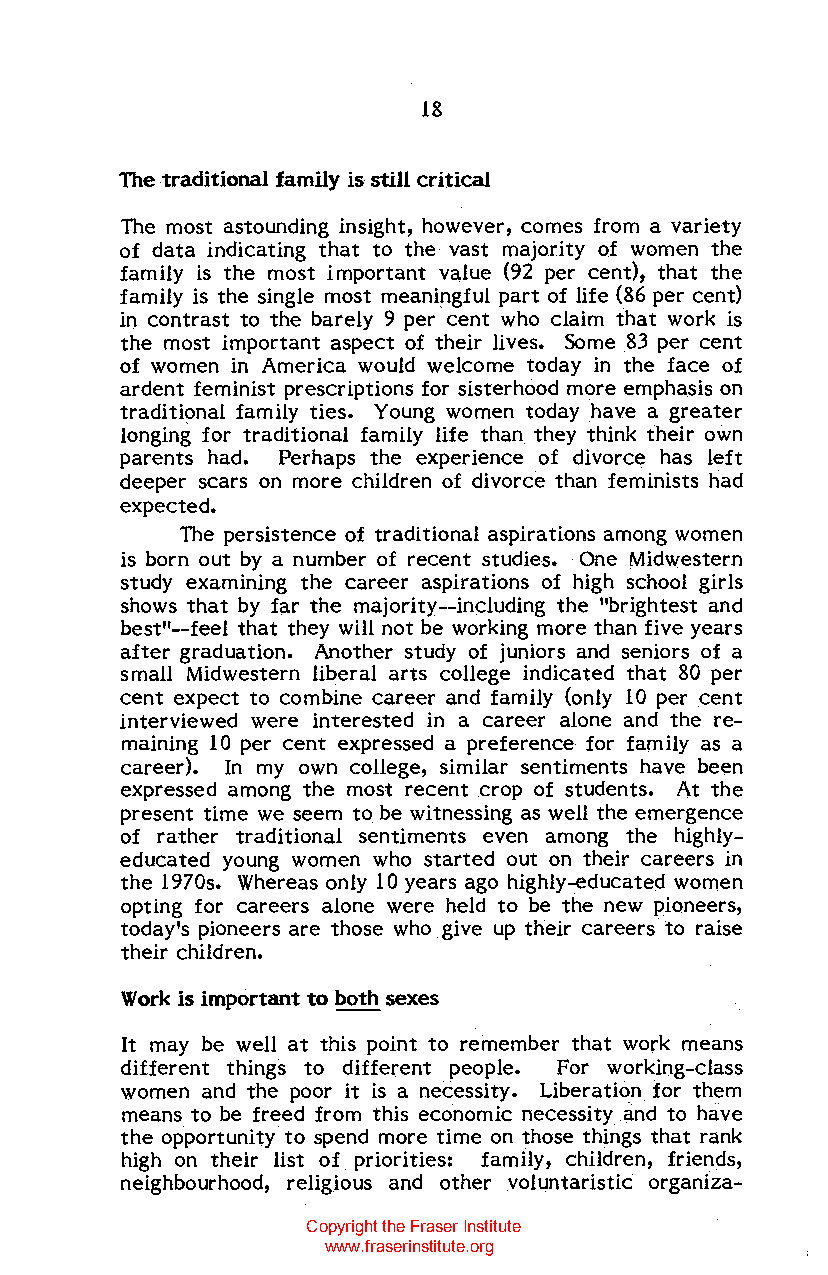
18
 The traditional family is still critical
 The most astounding insight, however, comes from a variety
 of data indicating that to the vast majority of women the
 family is the most important value (92 per cent), that the
 family is the single most meaningful part of life (86 per cent)
 in contrast to the barely 9 per cent who claim that work is
 the most important aspect of their lives. Some 83 per cent
 of women in America would welcome today in the face of
 ardent feminist prescriptions for sisterhood more emphasis on
 traditional family ties. Young women today have a greater
 longing for traditional family life than they think their own
 parents had. Perhaps the experience of divorce has left
 deeper scars on more children of divorce than feminists had
 expected.
 The persistence of traditional aspirations among women
 is born out by a number of recent studies. One Midwestern
 study examining the career aspirations of high school girls
 shows that by far the majority--including the "brightest and
 best"--feel that they will not be working more than five years
 after graduation. Another study of juniors and seniors of a
 small Midwestern liberal arts college indicated that 80 per
 cent expect to combine career and family (only 10 per cent
 interviewed were interested in a career alone and the re
 maining 10 per cent expressed a preference for family as a
 career). In my own college, similar sentiments have been
 expressed among the most recent crop of students. At the
 present time we seem to be witnessing as well the emergence
 of rather traditional sentiments even among the highly
 educated young women who started out on their careers in
 the 1970s. Whereas only 10 years ago highly-educated women
 opting for careers alone were held to be the new pioneers,
 today's pioneers are those who give up their careers to raise
 their children.
 Work is important to both sexes
 It may be well at this point to remember that work means
 different things to different people. For working-class
 women and the poor it is a necessity. Liberation for them
 means to be freed from this economic necessity and to have
 the opportunity to spend more time on those things that rank
 high on their list of priorities: family, children, friends,
 neighbourhood, religious and other voluntaristic organiza-
 Copyright the Fraser Institute
 www.fraserinstitute.org